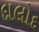
દાલોદ